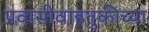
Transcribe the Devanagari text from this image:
प्रवासीवाहतुकीच्या